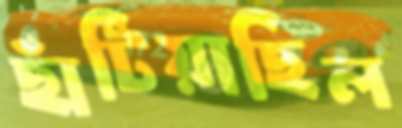
ছাঁটিয়াছিল